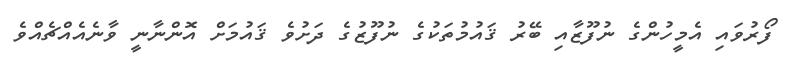
ފޯރުވައި އެމީހުންގެ ނުފޫޒާއި ބޭރު ޤައުމުތަކުގެ ނުފޫޒުގެ ދަށުވެ ޤައުމަަށް އޮންނާނީ ވާނެއެއްޗެއްވެ